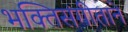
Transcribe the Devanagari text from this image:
भक्तिसंगीताने